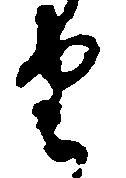
由